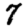
Digit: 7